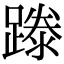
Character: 𨄇